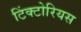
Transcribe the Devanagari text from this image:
टिंक्टोरियस